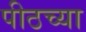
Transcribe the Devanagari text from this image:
पीठच्या